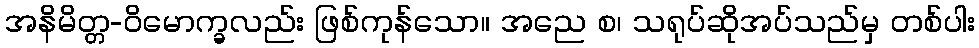
အနိမိတ္တ-ဝိမောက္ခလည်း ဖြစ်ကုန်သော။ အညေ စ၊ သရုပ်ဆိုအပ်သည်မှ တစ်ပါး